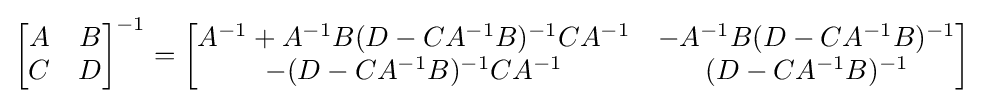
{\begin{bmatrix}A&B\\C&D\end{bmatrix}}^{-1}={\begin{bmatrix}A^{-1}+A^{-1}B(D-CA^{-1}B)^{-1}CA^{-1}&-A^{-1}B(D-CA^{-1}B)^{-1}\\-(D-CA^{-1}B)^{-1}CA^{-1}&(D-CA^{-1}B)^{-1}\end{bmatrix}}